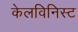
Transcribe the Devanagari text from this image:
केलविनिस्ट